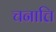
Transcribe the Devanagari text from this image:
चनात्ति